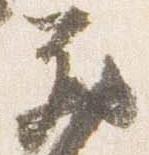
蔵